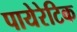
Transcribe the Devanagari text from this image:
पायेरेटिक